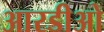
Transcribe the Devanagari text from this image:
आरडीओ